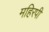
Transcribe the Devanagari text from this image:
महिरपी